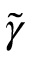
\tilde { \gamma }